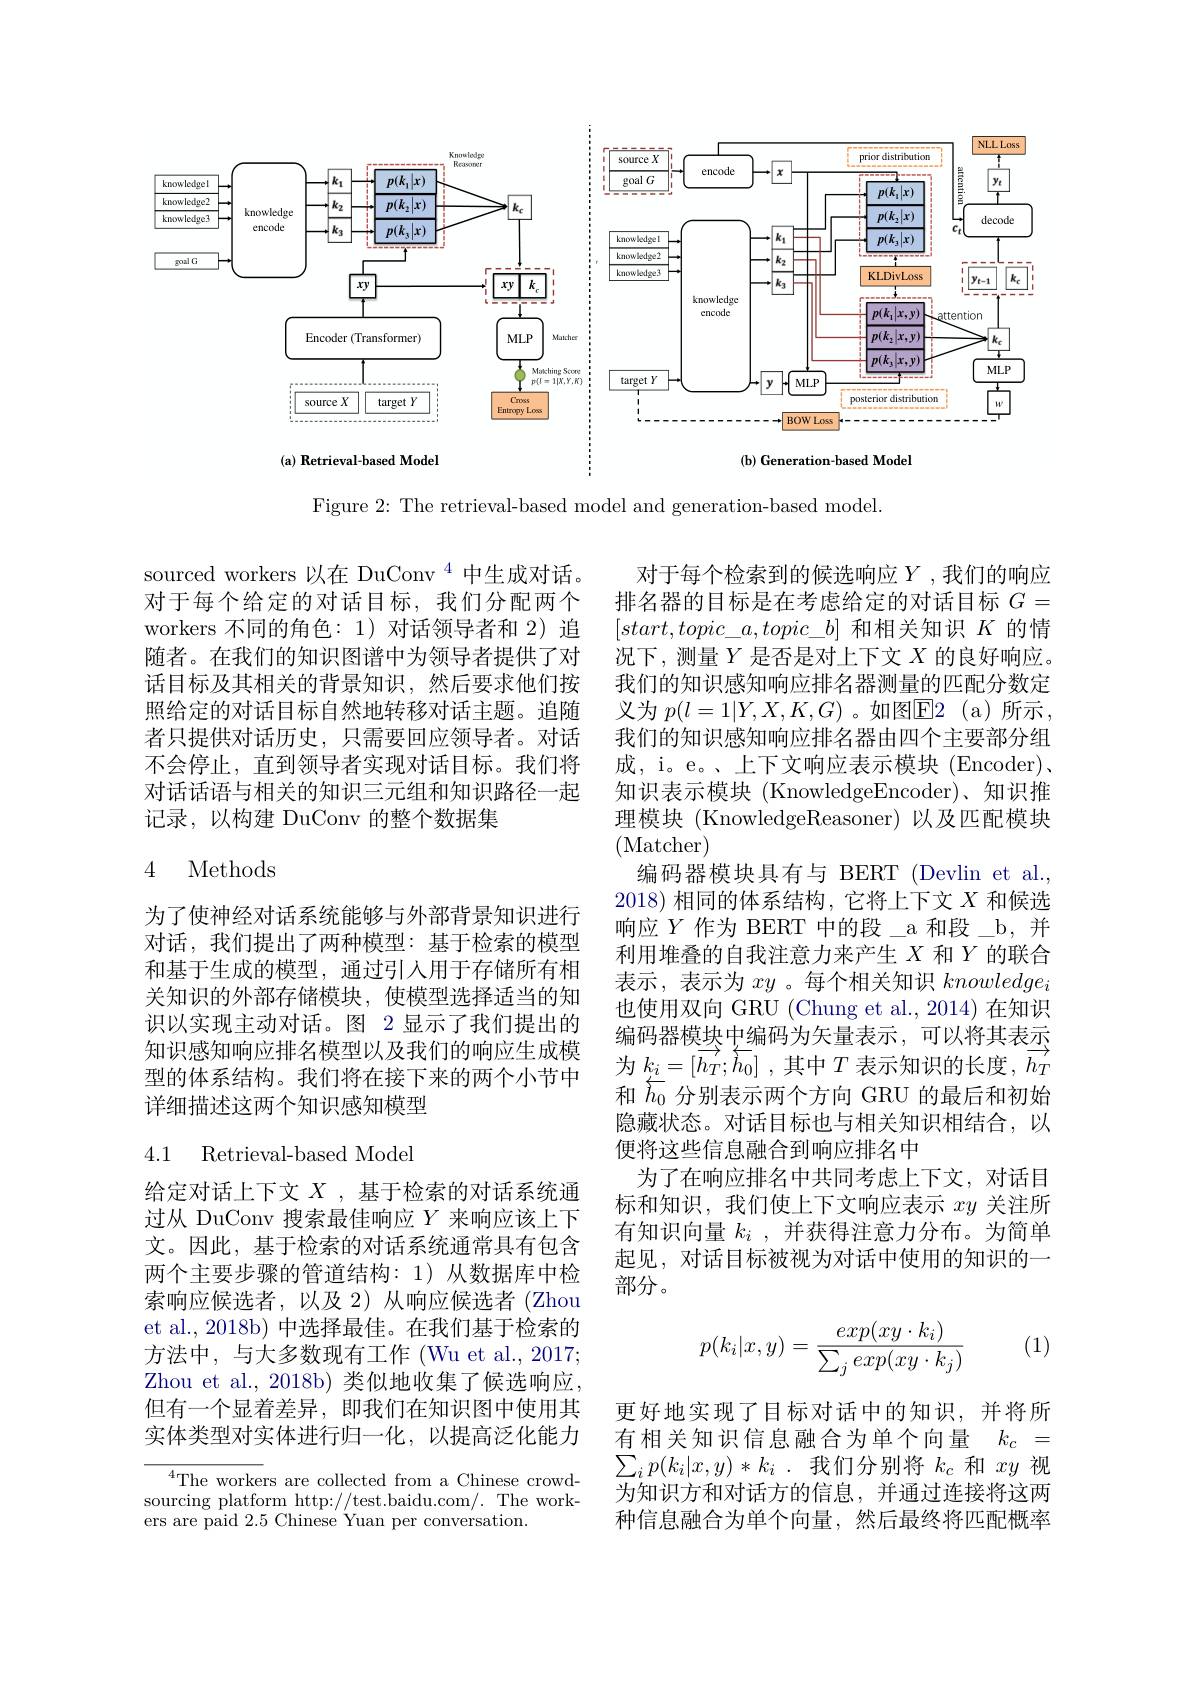
<FigureHere>

Figure 2: The retrieval-based model and generation-based model.

sourced workers 以在 DuConv $^{4}$中生成对话。对于每个给定的对话目标，我们分配两个workers 不同的角色：1)对话领导者和 2)追随者。在我们的知识图谱中为领导者提供了对话目标及其相关的背景知识，然后要求他们按照给定的对话目标自然地转移对话主题。追随者只提供对话历史，只需要回应领导者。对话不会停止，直到领导者实现对话目标。我们将对话话语与相关的知识三元组和知识路径一起记录，以构建 DuConv 的整个数据集

### 4 Methods

对于每个检索到的候选响应$Y$,我们的响应排名器的目标是在考虑给定的对话目标$G=$ $[start,topic\_a,topic\_b]$和相关知识$K$的情况下，测量$Y$是否是对上下文$X$的良好响应。我们的知识感知响应排名器测量的匹配分数定义为 $p(l=1|Y,X,K,G)$ 。如图$\boxed{\mathrm{F}}2$ (a)所示， 我们的知识感知响应排名器由四个主要部分组成，i。e。、上下文响应表示模块(Encoder), 知识表示模块 (KnowledgeEncoder)、知识推理模块 (KnowledgeReasoner) 以及匹配模块(Matcher)
编码器模块具有与 BERT (Devlin et al. 2018)相同的体系结构，它将上下文$X$和候选响应$Y$作为 BERT 中的段\_a 和段\_b,并利用堆叠的自我注意力来产生$X$和$Y$的联合表示，表示为$xy$ 。每个相关知识$knowledge_i$ 也使用双向 GRU (Chung et al., 2014) 在知识编码器模块中编码为矢量表示，可以将其表示为$k_i=[\vec{h_T};\overline{h_0}]$ ,其中$T$表示知识的长度$,\vec{h_T}$ 和$\overleftarrow{h_0}$分别表示两个方向 GRU 的最后和初始隐藏状态。对话目标也与相关知识相结合，以便将这些信息融合到响应排名中
为了在响应排名中共同考虑上下文，对话目标和知识，我们使上下文响应表示$xy$关注所有知识向量$k_i$ ,并获得注意力分布。为简单起见，对话目标被视为对话中使用的知识的一部分。

为了使神经对话系统能够与外部背景知识进行对话，我们提出了两种模型：基于检索的模型和基于生成的模型，通过引人用于存储所有相关知识的外部存储模块，使模型选择适当的知识以实现主动对话。图 2 显示了我们提出的知识感知响应排名模型以及我们的响应生成模型的体系结构。我们将在接下来的两个小节中详细描述这两个知识感知模型

### 4.1 Retrieval-based Model

给定对话上下文$X$ ,基于检索的对话系统通过从 DuConv 搜索最佳响应$Y$来响应该上下文。因此，基于检索的对话系统通常具有包含两个主要步骤的管道结构：1)从数据库中检索响应候选者，以及 2)从响应候选者(Zhou et al., 2018b) 中选择最佳。在我们基于检索的方法中，与大多数现有工作 (Wu et al., 2017; Zhou et al., 2018b) 类似地收集了候选响应。但有一个显着差异，即我们在知识图中使用其实体类型对实体进行归一化，以提高泛化能力

(1)
$$p(k_i|x,y)=\frac{exp(xy\cdot k_i)}{\sum_jexp(xy\cdot k_j)}$$
更好地实现了目标对话中的知识，并将所有相关知识信息融合为单个向量$k_c=$ $\sum_ip(k_i|x,y)*k_i$ .我们分别将$k_c$和$xy$视为知识方和对话方的信息，并通过连接将这两种信息融合为单个向量，然后最终将匹配概率

$^{4}$The workers are collected from a Chinese crowdsourcing platform http://test.baidu.com/. The workers are paid 2.5 Chinese Yuan per conversation.